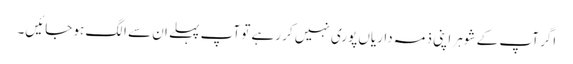
اگر آپ کے شوہر اپنی ذمہ داریاں پوری نہیں کر رہے تو آپ پہلے ان سے الگ ہو جائیں۔